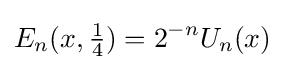
E_{n}(x,{\tfrac {1}{4}})=2^{-n}U_{n}(x)